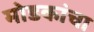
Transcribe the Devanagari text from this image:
मोडकांचा